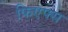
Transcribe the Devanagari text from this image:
फिएफ्स